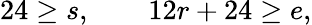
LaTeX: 24\geq s,\qquad 12r+24\geq e,